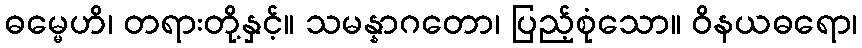
ဓမ္မေဟိ၊ တရားတို့နှင့်။ သမန္နာဂတော၊ ပြည့်စုံသော။ ဝိနယဓရော၊